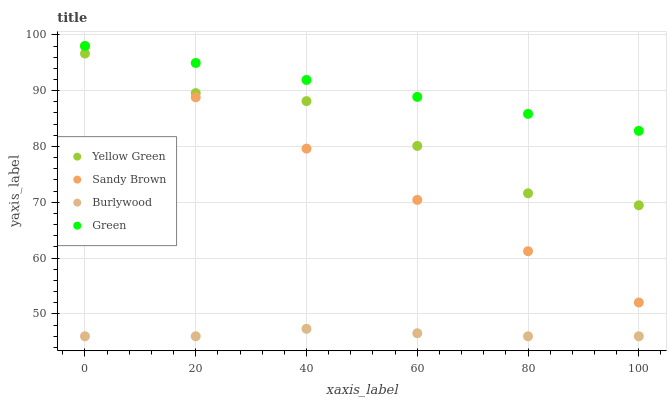
| xaxis_label | Yellow Green | Sandy Brown | Burlywood | Green |
 | --- | --- | --- | --- | --- |
 | 0 | 96.7 | 98 | 46 | 98 |
 | 20 | 89.6 | 88.8 | 46 | 95 |
 | 40 | 88.1 | 79.6 | 47.3 | 91.9 |
 | 60 | 80.1 | 70.4 | 46.5 | 88.9 |
 | 80 | 71.6 | 61.2 | 46 | 85.8 |
 | 100 | 69.5 | 52 | 46 | 82.8 |